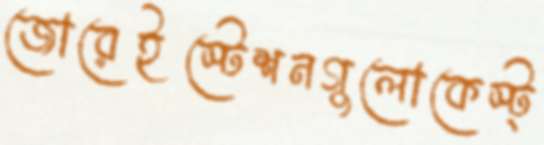
জোরেইস্টেশনগুলোকেস্ট্